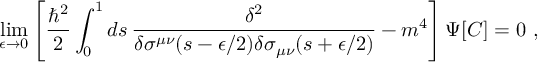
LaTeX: \operatorname * { l i m } _ { \epsilon \rightarrow 0 } \left[ { \frac { \hbar ^ { 2 } } { 2 } } \int _ { 0 } ^ { 1 } d s \, { \frac { \delta ^ { 2 } } { \delta \sigma ^ { \mu \nu } ( s - \epsilon / 2 ) \delta \sigma _ { \mu \nu } ( s + \epsilon / 2 ) } } - m ^ { 4 } \right] \Psi [ C ] = 0 \ ,